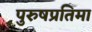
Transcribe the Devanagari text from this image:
पुरुषप्रतिमा